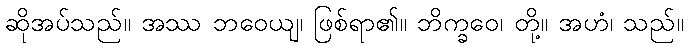
ဆိုအပ်သည်။ အဿ ဘဝေယျ၊ ဖြစ်ရာ၏။ ဘိက္ခဝေ၊ တို့။ အဟံ၊ သည်။